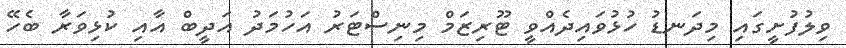
ވިލުފުށީގައި މިދަނޑު ހުޅުވައިދެއްވީ ޓޫރިޒަމް މިނިސްޓަރު އަހުމަދު އަދީބް އާއި ކުޅިވަރާ ބެހޭ